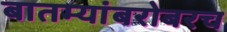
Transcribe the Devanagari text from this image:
बातम्यांबरोबरच